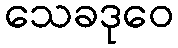
သေခဒုဝေ